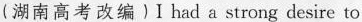
(湖南高考改编) I had a strong desire to